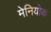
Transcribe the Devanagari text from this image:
मेनियोक